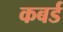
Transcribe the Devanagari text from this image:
कबर्ड